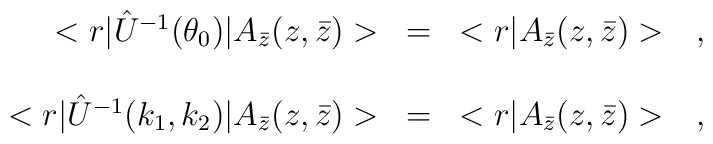
\begin{array}{r c l}<r|\hat{U}^{-1}(\theta_0)|A_{\bar{z}}(z,\bar{z})>&=&<r|A_{\bar{z}}(z,\bar{z})>\ \ \ ,\\ & & \\<r|\hat{U}^{-1}(k_1,k_2)|A_{\bar{z}}(z,\bar{z})>&=&<r|A_{\bar{z}}(z,\bar{z})>\ \ \ ,\end{array}